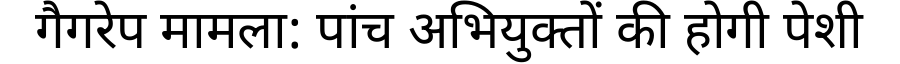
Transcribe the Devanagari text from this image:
गैगरेप मामला: पांच अभियुक्तों की होगी पेशी